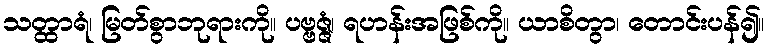
သတ္ထာရံ၊ မြတ်စွာဘုရားကို။ ပဗ္ဗဇ္ဇံ၊ ရဟန်းအဖြစ်ကို။ ယာစိတွာ၊ တောင်းပန်၍။